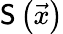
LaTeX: \mathsf{S}\left(\vec{{x}}\right)